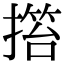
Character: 𢲹